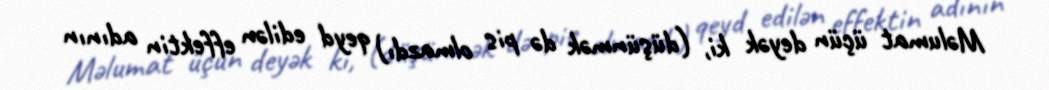
Məlumat üçün deyək ki, (düşünmək də pis olmazdı) qeyd edilən effektin adının